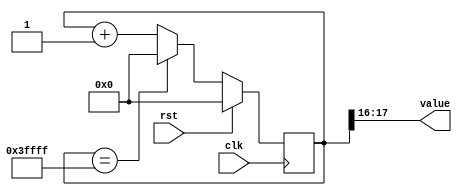
module counter_12 (
    input clk,
    input rst,
    output reg [1:0] value
  );
  
  localparam SIZE = 2'h2;
  localparam DIV = 5'h10;
  localparam TOP = 4'h3;
  localparam UP = 1'h1;
  
  
  reg [17:0] M_ctr_d, M_ctr_q = 1'h0;
  
  localparam MAX_VALUE = 20'h3ffff;
  
  always @* begin
    M_ctr_d = M_ctr_q;
    
    value = M_ctr_q[16+1-:2];
    if (1'h1) begin
      M_ctr_d = M_ctr_q + 1'h1;
      if (1'h1 && M_ctr_q == 20'h3ffff) begin
        M_ctr_d = 1'h0;
      end
    end else begin
      M_ctr_d = M_ctr_q - 1'h1;
      if (1'h1 && M_ctr_q == 1'h0) begin
        M_ctr_d = 20'h3ffff;
      end
    end
  end
  
  always @(posedge clk) begin
    if (rst == 1'b1) begin
      M_ctr_q <= 1'h0;
    end else begin
      M_ctr_q <= M_ctr_d;
    end
  end
  
endmodule